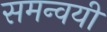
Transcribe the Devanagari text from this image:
समन्वयी